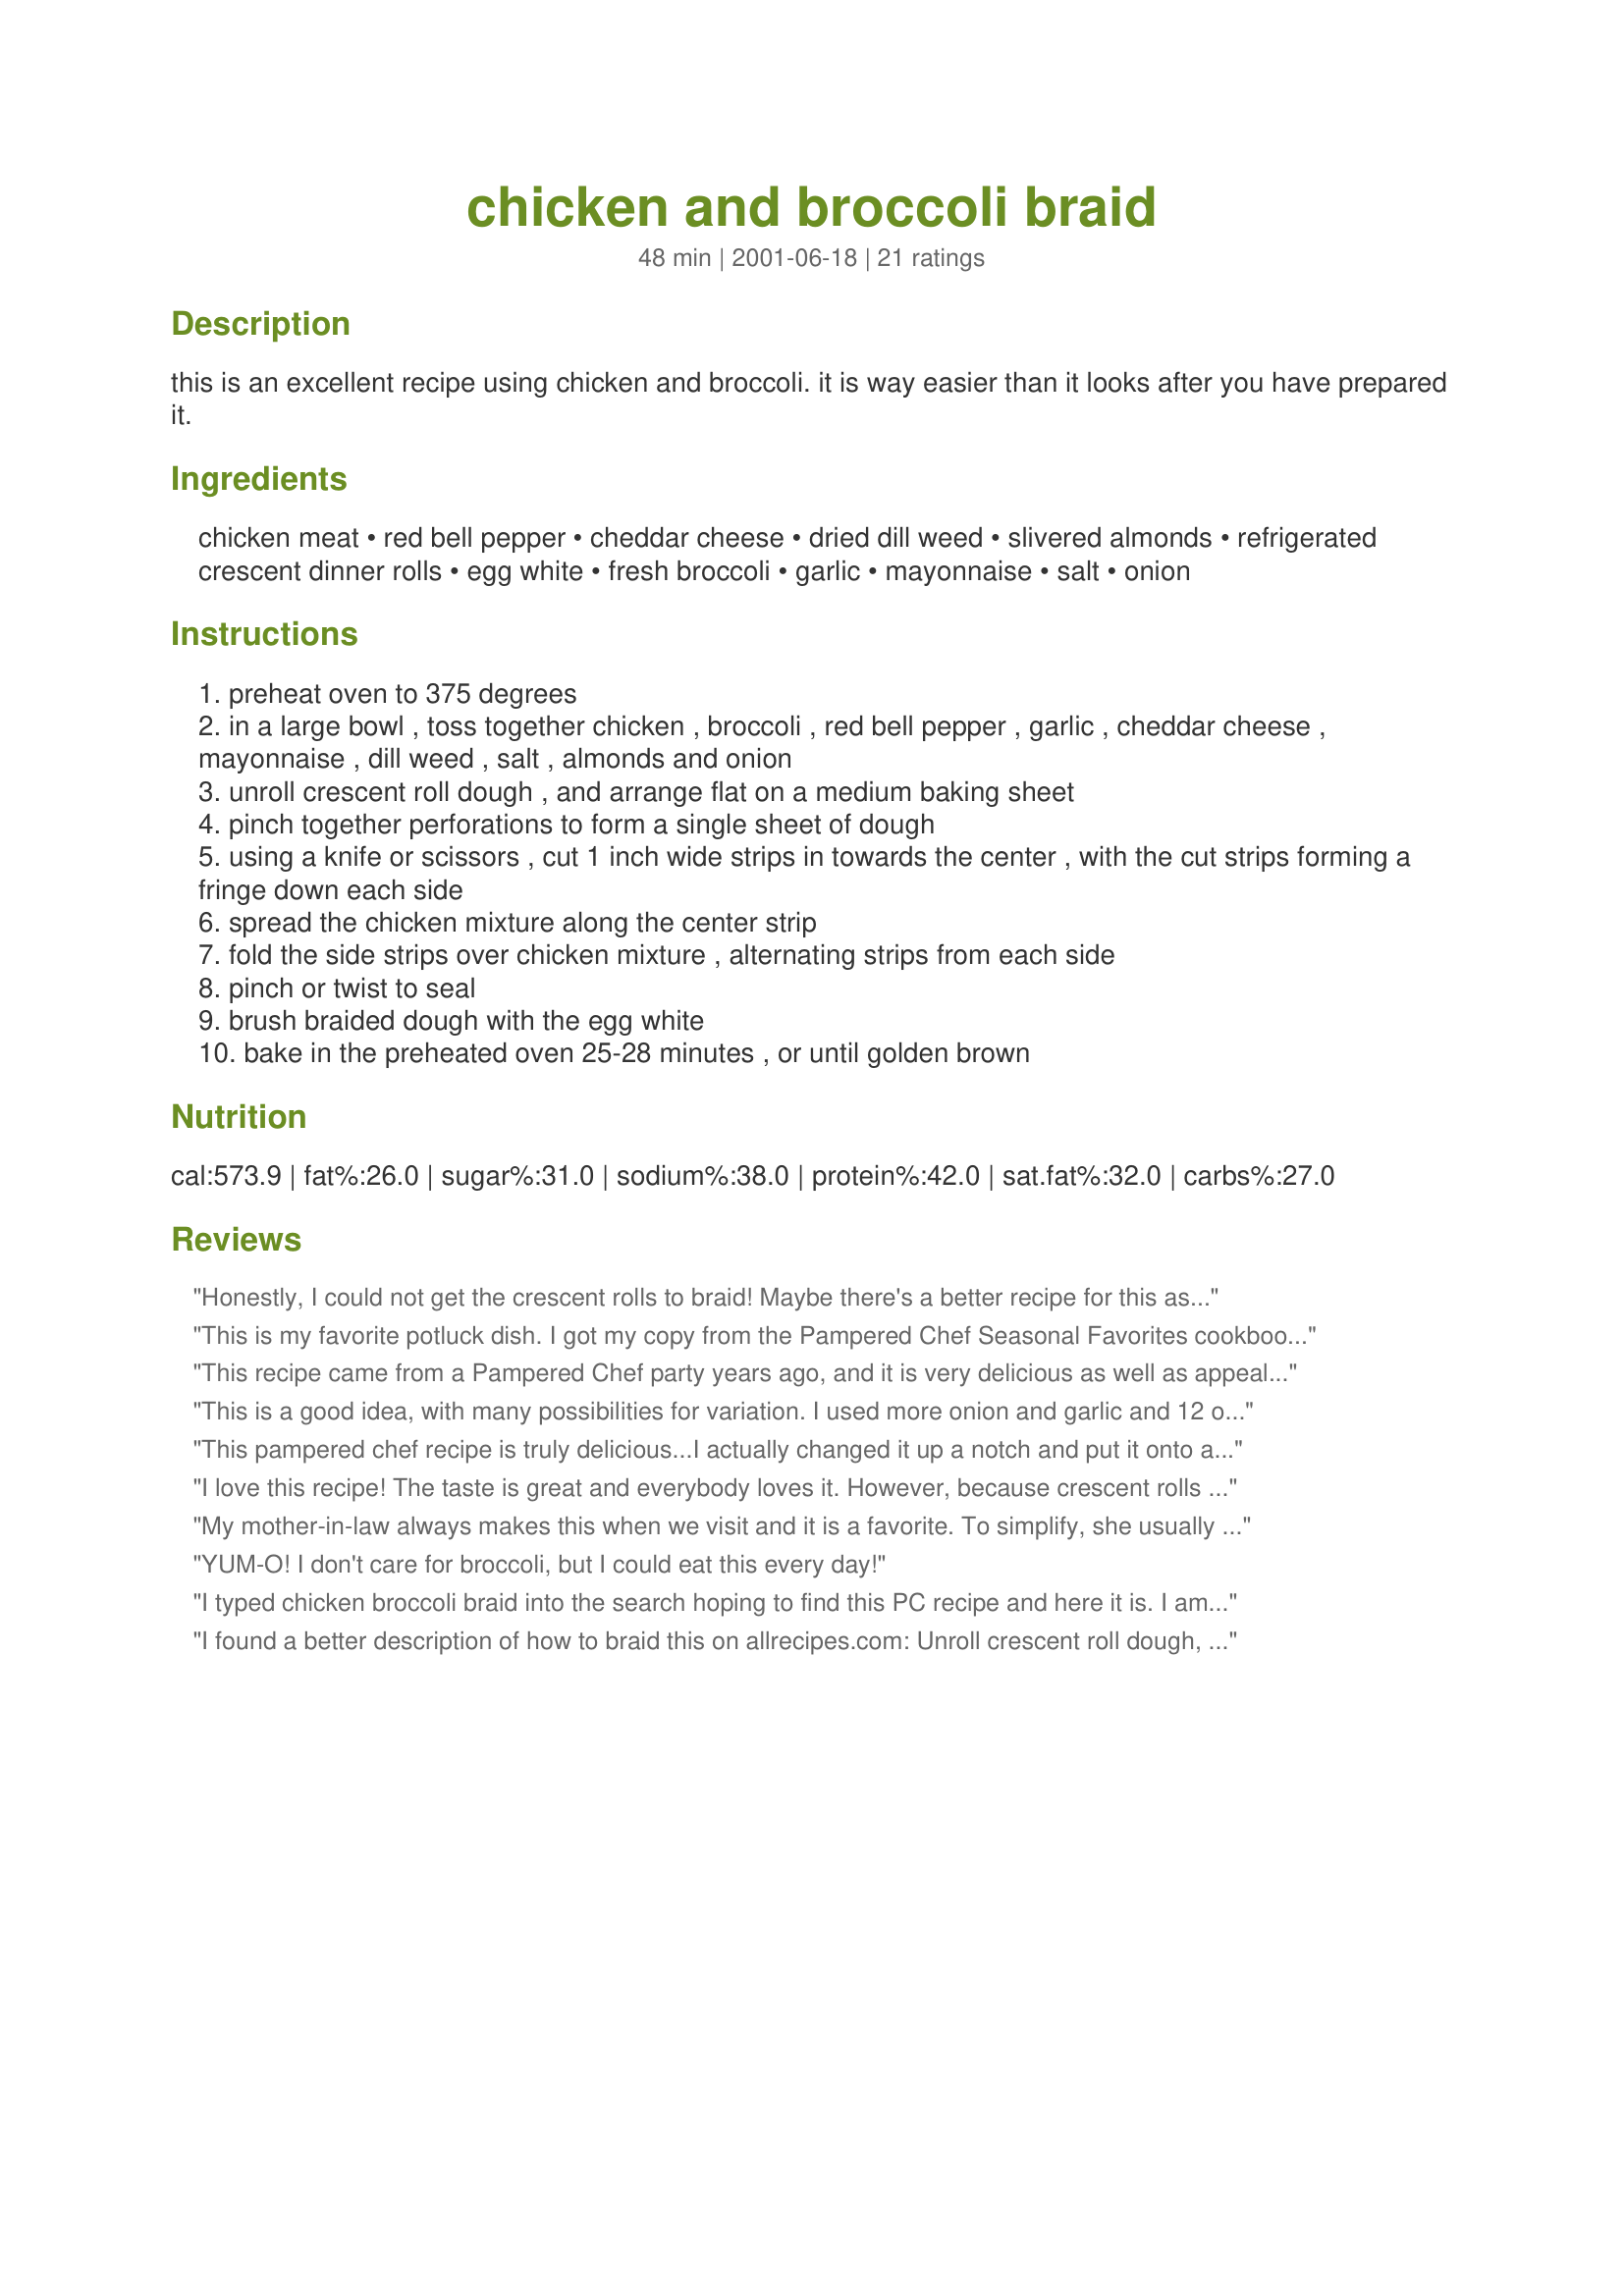
chicken and broccoli braid
Preparation time: 48 minutes

this is an excellent recipe using chicken and broccoli. it is way easier than it looks after you have prepared it.

Ingredients:
chicken meat, red bell pepper, cheddar cheese, dried dill weed, slivered almonds, refrigerated crescent dinner rolls, egg white, fresh broccoli, garlic, mayonnaise, salt, onion

Steps:
preheat oven to 375 degrees
in a large bowl , toss together chicken , broccoli , red bell pepper , garlic , cheddar cheese , mayonnaise , dill weed , salt , almonds and onion
unroll crescent roll dough , and arrange flat on a medium baking sheet
pinch together perforations to form a single sheet of dough
using a knife or scissors , cut 1 inch wide strips in towards the center , with the cut strips forming a fringe down each side
spread the chicken mixture along the center strip
fold the side strips over chicken mixture , alternating strips from each side
pinch or twist to seal
brush braided dough with the egg white
bake in the preheated oven 25-28 minutes , or until golden brown

Reviews:
Honestly, I could not get the crescent rolls to braid! Maybe there's a better recipe for this as it did not work at all for me.
This is my favorite potluck dish. I got my copy from the Pampered Chef Seasonal Favorites cookbook.
Thank you for posting it! If I can't find the book, now I know where to find it!=)
This recipe came from a Pampered Chef party years ago, and it is very delicious as well as appealing to the eye. It goes quick at social gatherings.
This is a good idea, with many possibilities for variation. I used more onion and garlic and 12 oz frozen broccoli. I shredded the chx because it was easier and would probably leave it in larger pieces in the future. I stirred in a small amount of fat free cream cheese rather than mayo, and dotted my bread with that and some pepper before adding my filling. I added maybe 1/3 cup cheese on top (before doing the braid part). I did not use the bell pepper, almonds, egg white, dill (but did use oregano, thyme and sage), or mayo. For the bread part, I used one of those "pop" can french bread loaves. You can unroll them to a flat dough and then proceed as in the recipe. The braid part turned out beautifully, and none of my filling leaked. Thanks for the recipe!
This pampered chef recipe is truly delicious...I actually changed it up a notch and put it onto a bobili pizza crust and it goes just as fast....awesome ingredients that blend well and bring out a marvelous taste you will crave....thanks for posting this one...now i will always have it handy....
I love this recipe! The taste is great and everybody loves it. However, because crescent rolls are so fattening, I use regular biscuits. I squish them down and pinch together where ever I can. I doesn't look nearly as pretty, but it saves some calories. Great Recipe!
My mother-in-law always makes this when we visit and it is a favorite. To simplify, she usually uses a 12.5 oz can of cooked chicken breast. Reduced fat cream cheese can also be used instead of mayo/salad dressing. It makes a filling meal with a pretty presentation.
YUM-O! I don't care for broccoli, but I could eat this every day!
I typed chicken broccoli braid into the search hoping to find this PC recipe and here it is. I am going to use this to make little "diaper" packets for a baby shower. Thanks for sharing an awesome recipe!
I found a better description of how to braid this on allrecipes.com: Unroll crescent roll dough, and arrange flat on a medium baking sheet. Pinch together perforations to form a single sheet of dough. Using a knife or scissors, cut 1 inch wide strips in towards the center, starting on the long sides. There should be a solid strip about 3 inches wide down the center, with the cut strips forming a fringe down each side. Spread the chicken mixture along the center strip. Fold the side strips over chicken mixture, alternating strips from each side. Pinch or twist to seal.
This a great dish for entertaining. I made 4 for my daughters christening and I made them the day before. I left them on the cookies sheets and just reheated in the oven the next day. I was surpised how well they kept.
Just because it was Christmas I made this into a wreath. It turned out beautiful! And it tasted great too. Next time I make this (and I will) I will precook the broccoli a bit. Made for Zaar Alphabet Soup Game.
Jodi, thank you for posting this great recipe! I too attended a PC party this past week and it was made and served to us. I was hoping that someone, somewhere would be able to get the recipe! This is really good, and not that hard to prepare. The crescent roll crust is de-lish. When I make it for just the two of us, I think I'll try cutting the recipe in half, as it makes quite a lot. Bravo!
I made this for a luncheon my daughter and I gave. It was excellent and we got good reviews. My only problem was that I like my broccoli well cooked (I know! It's supposed to be slightly crisp) and the broccoli was not done enough for me. LOL
I found this in a Pampered Chef recipe collection, too (though my recipe is a tad bit different). It's one of our faves and I make it pretty often. I poach and chop 2 chicken breasts, then cook up the broccoli using the same water/pan. (I also use frozen instead of fresh). Also, I omit the bell pepper, almonds, and onion (those weren't in my copy of the recipe), and never use the egg wash. Delicious, every time! :)
I had this dish just this week at a Pampered Chef party; it's what the demonstrator made, using the PC rectangular baking stone. It was absolutely delicious and she whipped it up in front of us very quickly, with very little effort. Great colour from the broccoli and red pepper, too.
This is an exceptional recipe. Gives that "wow" when made for guests. Flavor and presentation..wonderful. Wish I could find more like it.
I use sour cream in place of the mayonnaise. I also use frozen baby broccoli florets. I usually skip the almonds and egg wash. Very tasty and easy.
Didn't get this recipe from this site, but wanted to rate yours instead of double posting. This is a wonderful recipe and surprisingly easier than it sounds and looks when finished. It's always a big hit.
I am so glad I found this recipe! It turned out perfect and is a hit with everyone I've made if for. I have made it with canned chicken, which worked great. And we leave out the peppers - just a personal preference. Thanks for the great recipe!
This has been a family favorite for years. I have found it is best to use chopped frozen broccoli that I partially cook or even leftover broccoli works great. I also will substitute leftover ham for the chicken and add a tablespoon of deli or Dijon mustard to the mayonnaise. It is a definite must to bake this on a Pampered Chef stone it comes out nice and golden brown every time!
